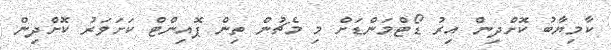
ކާމިޔާބު ކޮށްދިން އިރު ޑޯޓްމަންޑަށް މި މެޗުން ތިން ޕޮއިންޓް ކަށަވަރު ކޮށްދިން